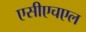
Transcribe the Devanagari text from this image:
एसीएचएल